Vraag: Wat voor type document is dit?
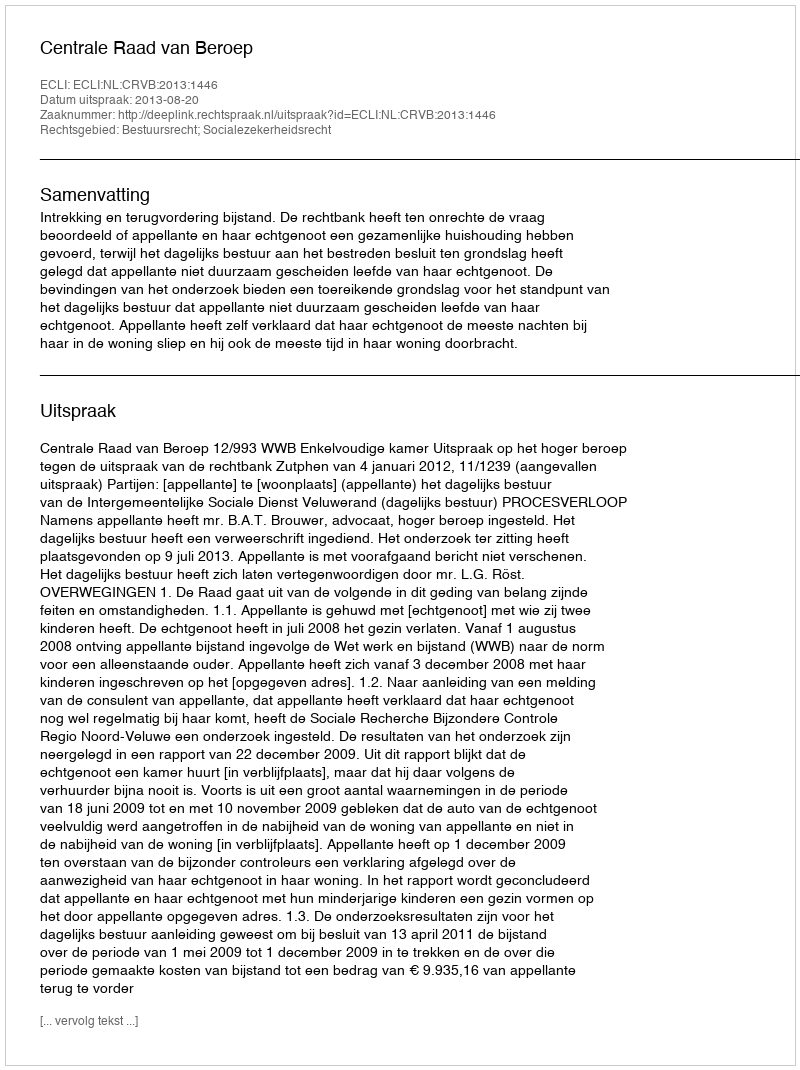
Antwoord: Uitspraak